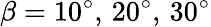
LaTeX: \beta=10^{\circ},\, 20^{\circ},\, 30^{\circ}